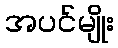
အပင်မျိုး